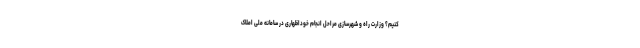
کنیم؟ وزارت راه و شهرسازی مراحل انجام خوداظهاری در سامانه ملی املاک